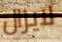
لايزال